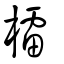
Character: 檑